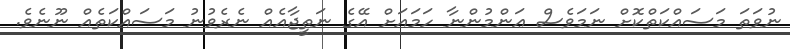
ނުވަތަ މަސައްކަތްކޮށް ނަމަވެސް ޢަންމުންނާ ހަމައަށް އޭގެ ނަތީޖާއެއް ނެރެވުނު މަސައްކަތެއް ނޫނެވެ.